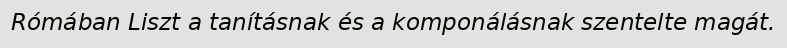
Rómában Liszt a tanításnak és a komponálásnak szentelte magát.